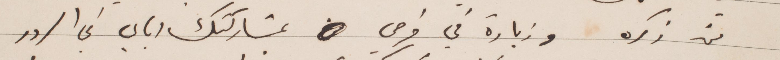
من ذكره وزيادة في فرحي بمشاركتك اياي في السرور